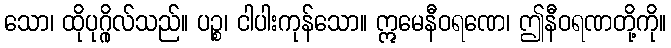
သော၊ ထိုပုဂ္ဂိုလ်သည်။ ပဉ္စ၊ ငါပါးကုန်သော။ ဣမေနီဝရဏေ၊ ဤနီဝရဏတို့ကို။